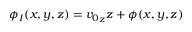
\phi _ { I } ( x , y , z ) = { v _ { 0 } } _ { z } z + \phi ( x , y , z )